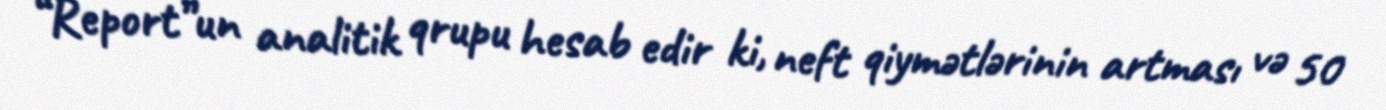
“Report”un analitik qrupu hesab edir ki, neft qiymətlərinin artması və 50